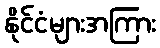
နိုင်ငံများအကြား